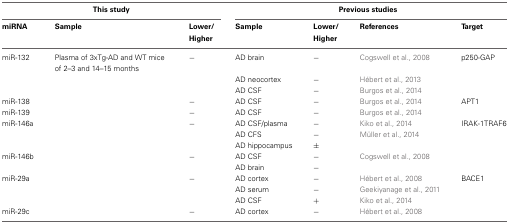
| <COLSPAN=3> This study | <COLSPAN=4> Previous studies |
 | miRNA | Sample | Lower/Higher | Sample | Lower/Higher | References | Target |
 | --- | --- | --- | --- | --- | --- | --- |
 | miR-132 | Plasma of 3xTg-AD and WT mice of 2–3 and 14–15 months | − | AD brain | − | Cogswell et al., 2008 | p250-GAP |
 |  |  |  | AD neocortex | − | Hébert et al., 2013 |  |
 |  |  |  | AD CSF | − | Burgos et al., 2014 |  |
 | miR-138 |  | − | AD CSF | − | Burgos et al., 2014 | APT1 |
 | miR-139 |  | − | AD CSF | − | Burgos et al., 2014 |  |
 | miR-146a |  | − | AD CSF/plasma | − | Kiko et al., 2014 | IRAK-1 TRAF6 |
 |  |  |  | AD CFS | − | Müller et al., 2014 |  |
 |  |  |  | AD hippocampus | ± |  |  |
 | miR-146b |  | − | AD CSF | − | Cogswell et al., 2008 |  |
 |  |  |  | AD brain | − |  |  |
 | miR-29a |  | − | AD cortex | − | Hébert et al., 2008 | BACE1 |
 |  |  |  | AD serum | − | Geekiyanage et al., 2011 |  |
 |  |  |  | AD CSF | + | Kiko et al., 2014 |  |
 | miR-29c |  | − | AD cortex | − | Hébert et al., 2008 |  |